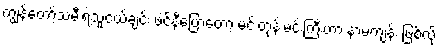
ကျွန်တော့်သမီးရဲ့သူငယ်ချင်း ဖဲင်နီပြောတော့ မင်းတုန်းမင်းကြီးဟာ နာမကျန်း ဖြစ်လို့